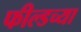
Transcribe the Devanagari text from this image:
फील्डच्या